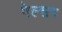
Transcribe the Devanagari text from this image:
गेल्सन